Document type: Sale
Year: 1326
Scribe: Bartomeu Marc
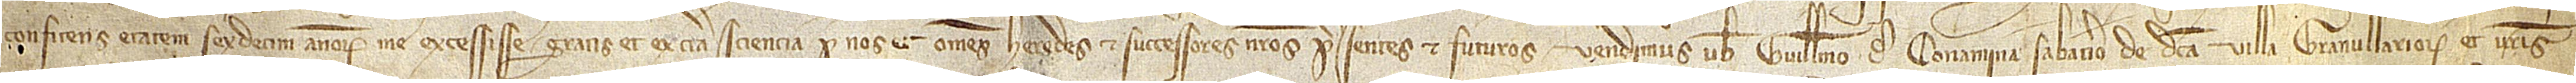
confitens etatem sexdecim annorum me excessisse, gratis et ex certa sciencia per nos et omnes heredes et successores meos presentes et futuros vendimus vobis Guillelmo de Conamina, de dicta villa Granullariorum, et vestris